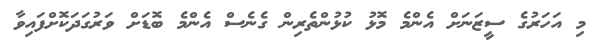
މި އަހަރުގެ ސީޒަނަށް އެންމެ މޮޅު ކުޅުންތެރިން ގެނެސް އެންމެ ބޮޑަށް ވަރުގަދަކޮށްފައިވާ